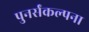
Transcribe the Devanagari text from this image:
पुनर्संकल्पना